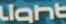
lant